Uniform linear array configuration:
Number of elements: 32
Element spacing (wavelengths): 0.75
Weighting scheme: hann
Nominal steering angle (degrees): -15
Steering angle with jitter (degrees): -13.271
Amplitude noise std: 0.05
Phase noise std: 0.05

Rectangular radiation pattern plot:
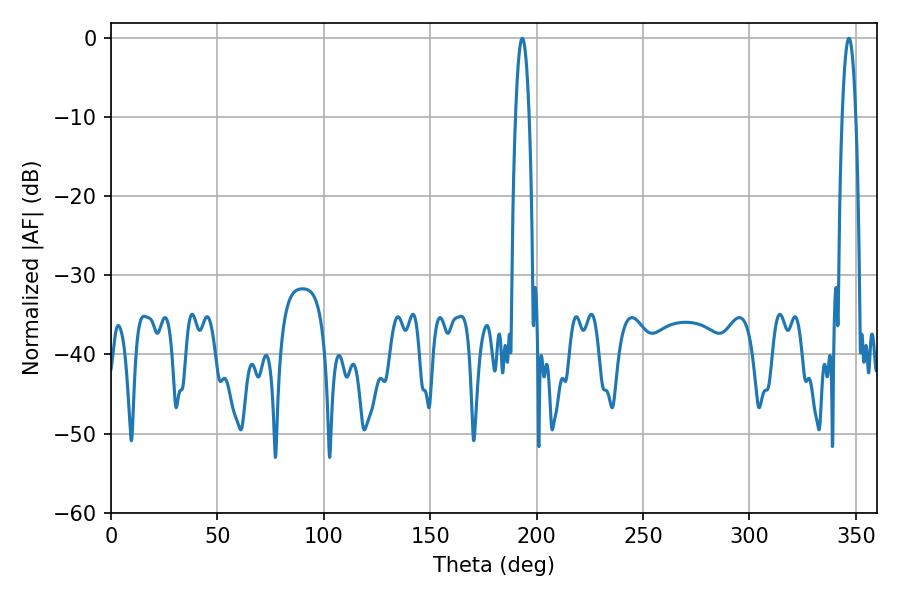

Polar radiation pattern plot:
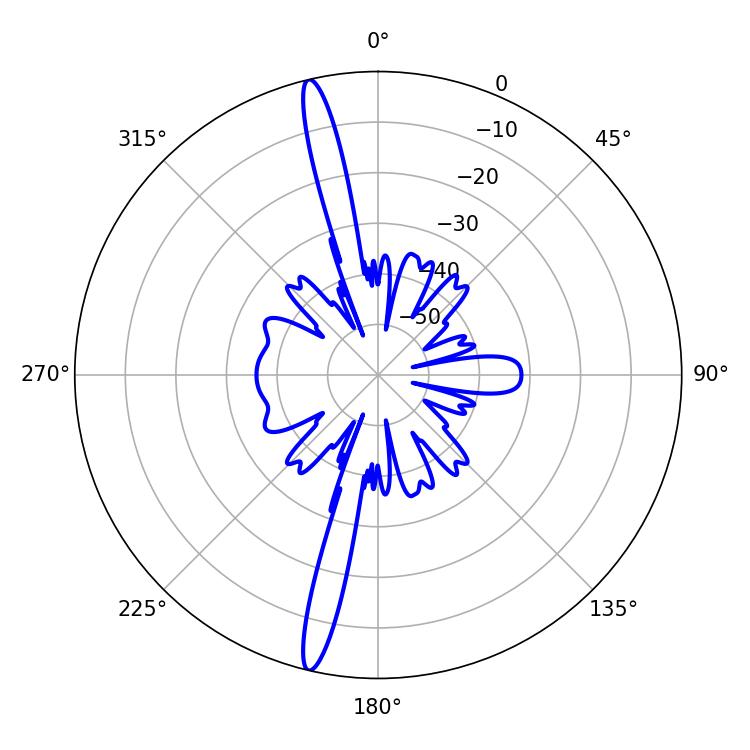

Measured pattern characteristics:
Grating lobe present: TRUE
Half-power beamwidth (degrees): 3.42
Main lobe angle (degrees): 193.32